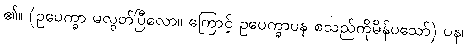
၏။ (ဥပေက္ခာ မလွတ်ပြီလော။ ကြောင့် ဥပေက္ခာပန စသည်ကိုမိန်ပသော်) ပန၊